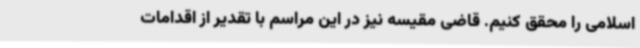
اسلامی را محقق کنیم. قاضی مقیسه نیز در این مراسم با تقدیر از اقدامات